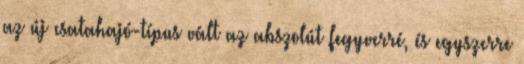
az új csatahajó-típus vált az abszolút fegyverré, és egyszerre